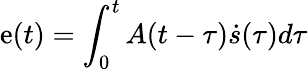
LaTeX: \mathrm{e}(t)=\int_{0}^{t}A(t-\tau)\dot{{s}}(\tau)d\tau